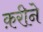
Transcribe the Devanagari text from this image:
क़रीने